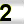
Digit: 2